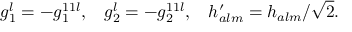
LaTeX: g _ { 1 } ^ { l } = - g _ { 1 } ^ { 1 1 l } , ~ ~ \: g _ { 2 } ^ { l } = - g _ { 2 } ^ { 1 1 l } , ~ ~ \: h _ { a l m } ^ { \prime } = h _ { a l m } / \sqrt { 2 } . \: